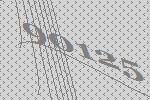
90125